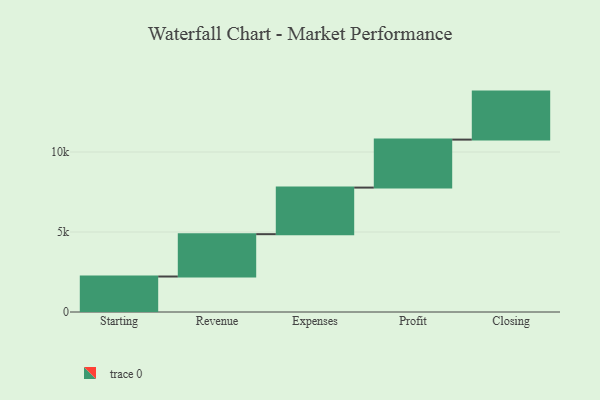
{"axis": {"x": "Step", "y": "Value"}, "legend": [""], "data": [{"x": "Starting", "y": 2218.0, "type": ""}, {"x": "Revenue", "y": 2647.0, "type": ""}, {"x": "Expenses", "y": 2911.0, "type": ""}, {"x": "Profit", "y": 3000, "type": ""}, {"x": "Closing", "y": 3000, "type": ""}]}